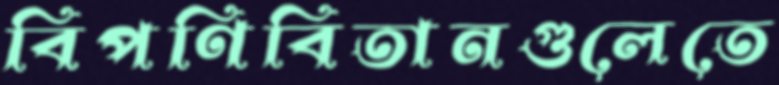
বিপণিবিতানগুলেতে